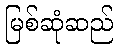
မြစ်ဆုံဆည်